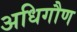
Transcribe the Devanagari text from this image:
अधिगौण